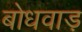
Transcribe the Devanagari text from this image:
बोधवाड़